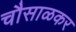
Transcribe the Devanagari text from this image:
चौसाळकर